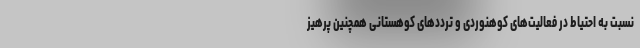
نسبت به احتیاط در فعالیت‌های کوهنوردی و ترددهای کوهستانی همچنین پرهیز